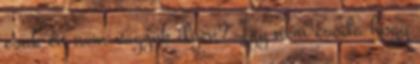
csak én nem vagyok ilyen?" Így nem csoda hogy